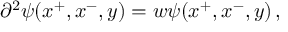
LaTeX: \partial ^ { 2 } \psi ( x ^ { + } , x ^ { - } , y ) = w \psi ( x ^ { + } , x ^ { - } , y ) \, ,